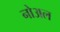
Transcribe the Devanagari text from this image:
नोअल